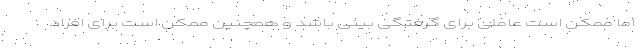
اما ممکن است عاملی برای گرفتگی بینی باشد و همچنین ممکن است برای افراد